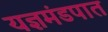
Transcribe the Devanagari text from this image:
यज्ञमंडपात